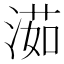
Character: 𣺾